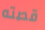
قصته